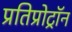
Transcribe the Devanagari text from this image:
प्रतिप्रोट्रॉन